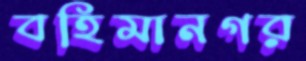
বহিমানগর